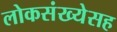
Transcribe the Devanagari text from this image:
लोकसंख्येसह